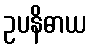
ဥပနိဓာယ